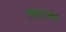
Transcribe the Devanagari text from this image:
तनतन्ना